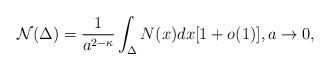
LaTeX: \begin{align*}\mathcal{N}(\Delta) = \frac{1}{a^{2 - \kappa}}\int_{\Delta}N(x)dx[1 + o(1)], a \to 0,\end{align*}